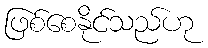
ဖြစ်စေနိုင်သည်ဟု